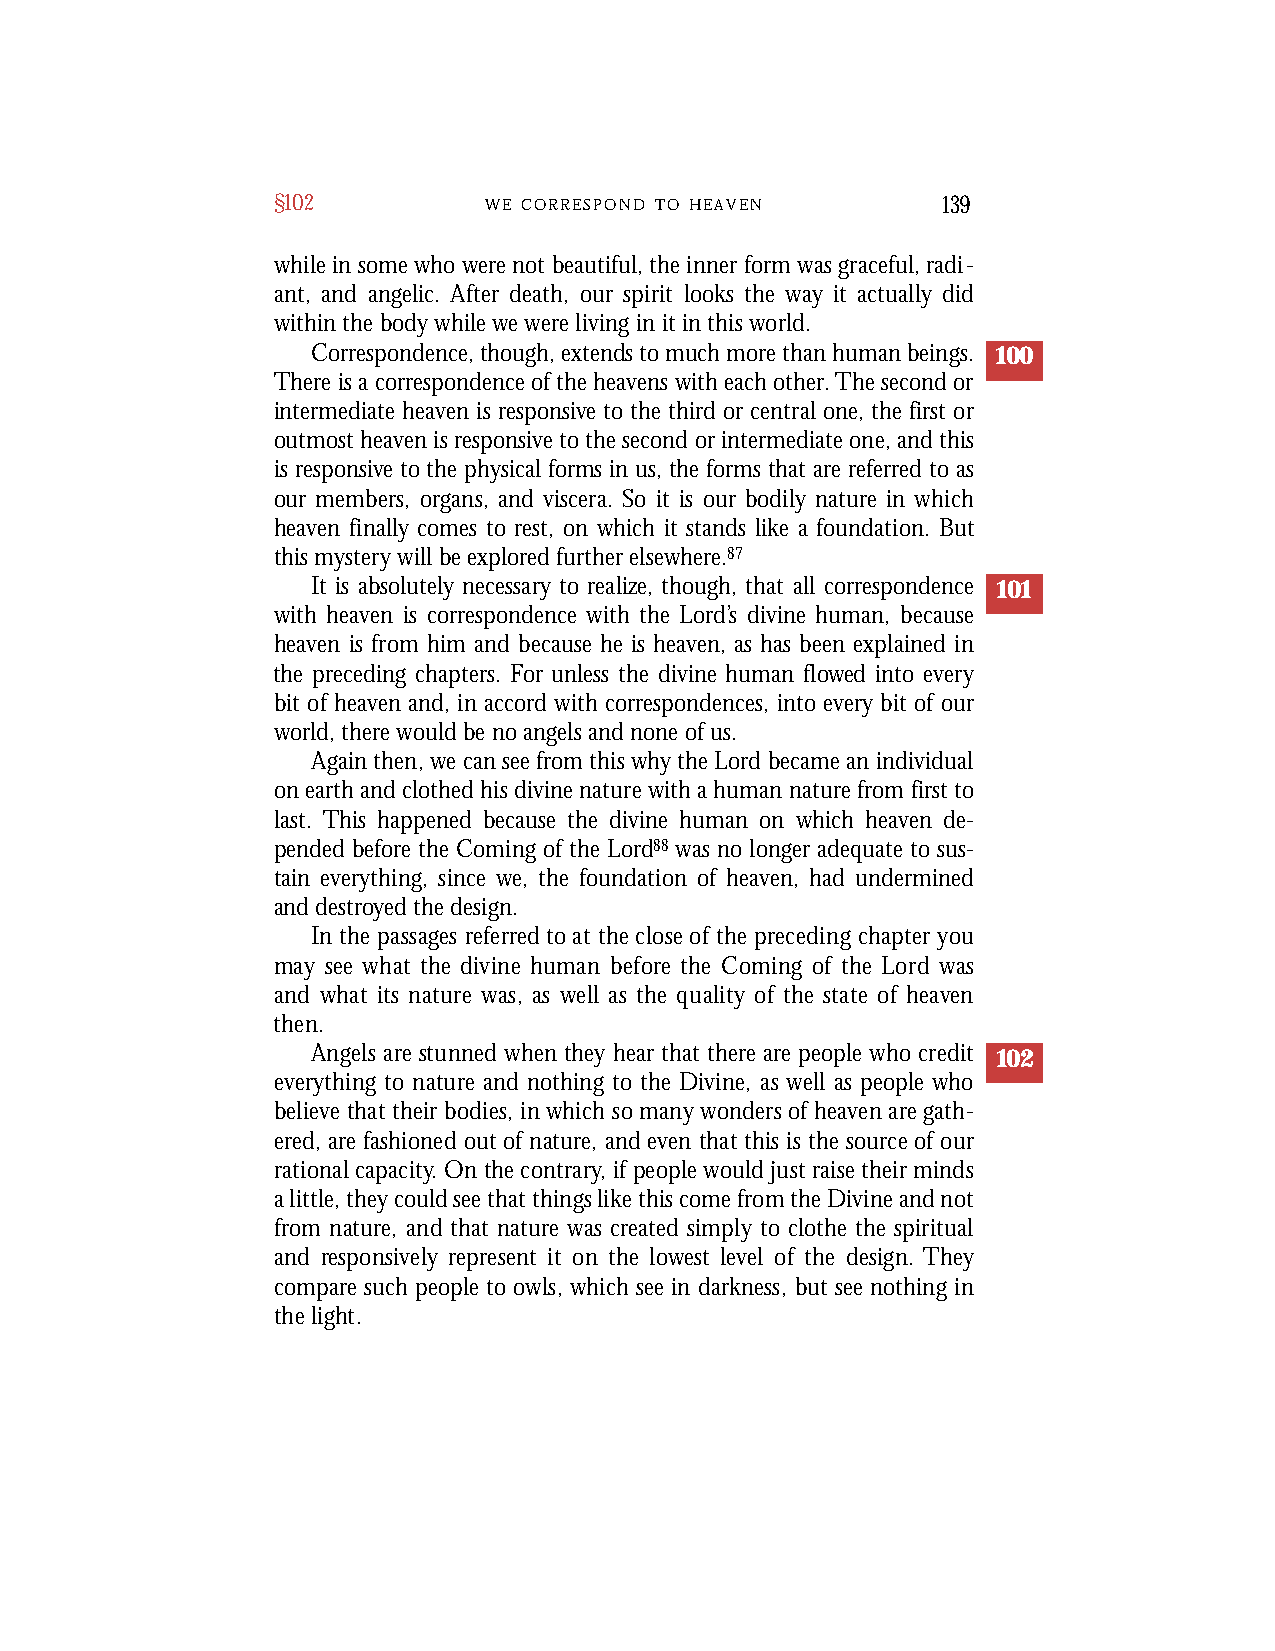
§102          W E C O R R E S P O N D T O H E A V E N 139
 while in some who were not beautiful, the inner form was graceful, radi-
 ant, and angelic. After death, our spirit looks the way it actually did
 within the body while we were living in it in this world.
 Correspondence, though, extends to much more than human beings. 100
 There is a correspondence of the heavens with each other.The second or
 intermediate heaven is responsive to the third or central one, the first or
 outmost heaven is responsive to the second or intermediate one, and this
 is responsive to the physical forms in us, the forms that are referred to as
 our members, organs, and viscera. So it is our bodily nature in which
 heaven finally comes to rest, on which it stands like a foundation. But
 this mystery will be explored further elsewhere.87
 It is absolutely necessary to realize, though, that all correspondence 101
 with heaven is correspondence with the Lord’s divine human, because
 heaven is from him and because he is heaven, as has been explained in
 the preceding chapters. For unless the divine human flowed into every
 bit of heaven and, in accord with correspondences, into every bit of our
 world, there would be no angels and none of us.
 Again then, we can see from this why the Lord became an individual
 on earth and clothed his divine nature with a human nature from first to
 last. This happened because the divine human on which heaven de-
 pended before the Coming of the Lord88 was no longer adequate to sus-
 tain everything, since we, the foundation of heaven, had undermined
 and destroyed the design.
 In the passages re f e r red to at the close of the preceding chapter yo u
 may see what the divine human before the Coming of the Lord was
 and what its nature was, as well as the quality of the state of heave n
 t h e n .
 Angels are s t u n n e d w h e n t h e y h e a r t h a t t h e re a re p e o p l e w h o c re d i t 102
 e ve ry t h i n g t o n a t u re a n d n o t h i n g t o t h e Di v i n e , a s we l l a s p e o p l e w h o
 b e l i e ve t h a t t h e i r b o d i e s , i nw h i c h s o m a n y w o n d e r so f h e a ve n a reg a t h-
 e re d , a re f a s h i o n e d o u to f n a t u re , a n de ve n t h a t t h i s i s t h e s o u rc eo f o u r
 r a t i o n a lc a p a c i t y.On t h ec o n t r a ry,i fp e o p l ew o u l dj u s tr a i s et h e i rm i n d s
 al i t t l e ,t h e yc o u l ds e et h a tt h i n g sl i k et h i sc o m ef ro mt h eDi v i n ea n dn o t
 f ro m n a t u re , a n d t h a t n a t u re w a s c re a t e d s i m p l y t o c l o t h e t h e s p i r i t u a l
 a n d re s p o n s i ve l y re p re s e n t i t o n t h e l owe s t l e ve l o f t h e d e s i g n . T h e y
 c o m p a re s u c h p e o p l e t o ow l s , w h i c h s e e i n d a rk n e s s , b u t s e e n o t h i n g i n
 t h el i g h t .